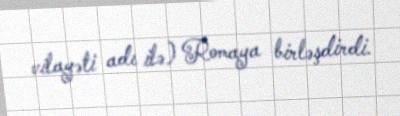
vilayəti adı ilə) Romaya birləşdirdi.